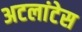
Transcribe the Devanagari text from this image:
अटलांटेस